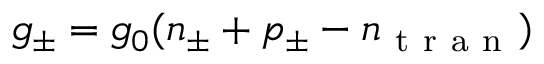
g _ { \pm } = g _ { 0 } ( n _ { \pm } + p _ { \pm } - n _ { \mathrm { ~ t ~ r ~ a ~ n ~ } } )